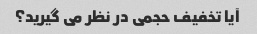
آیا تخفیف حجمی در نظر می گیرید؟